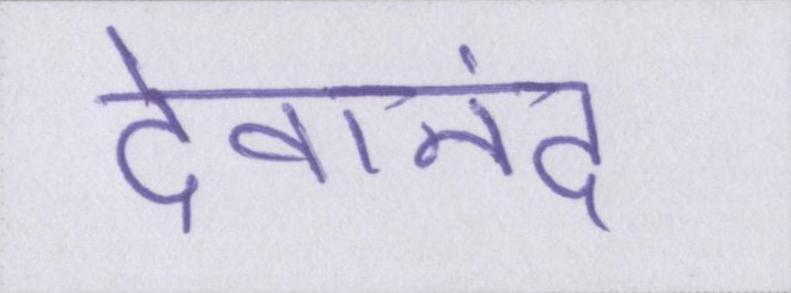
देवानंद